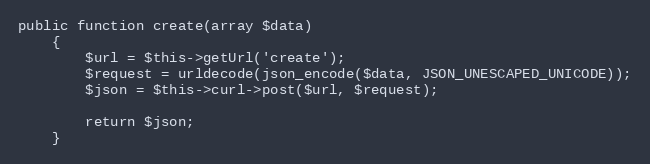
Language: PHP
public function create(array $data)
    {
        $url = $this->getUrl('create');
        $request = urldecode(json_encode($data, JSON_UNESCAPED_UNICODE));
        $json = $this->curl->post($url, $request);

        return $json;
    }